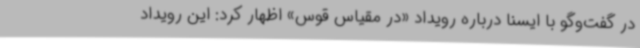
در گفت‌وگو با ایسنا درباره رویداد «در مقیاس قوس» اظهار کرد: این رویداد